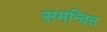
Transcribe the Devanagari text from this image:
समन्‍वित